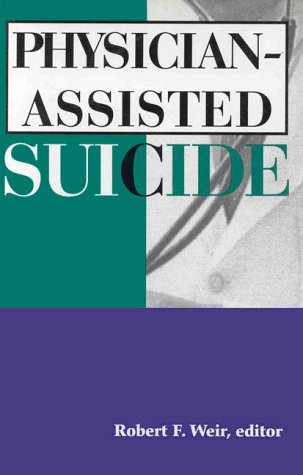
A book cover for Physician-Assisted Suicide; Medical Books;